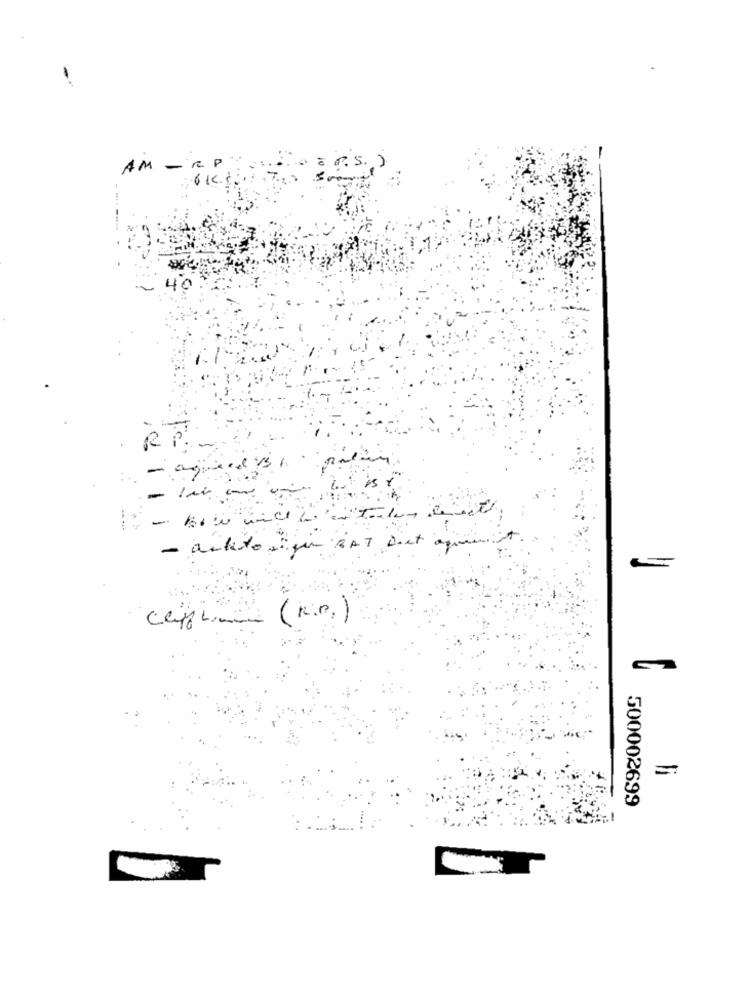
- RP
AM
RP ..
- antitoxique BAT Diet
Caffhome (K.P.)
500002699